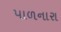
પાળનારા